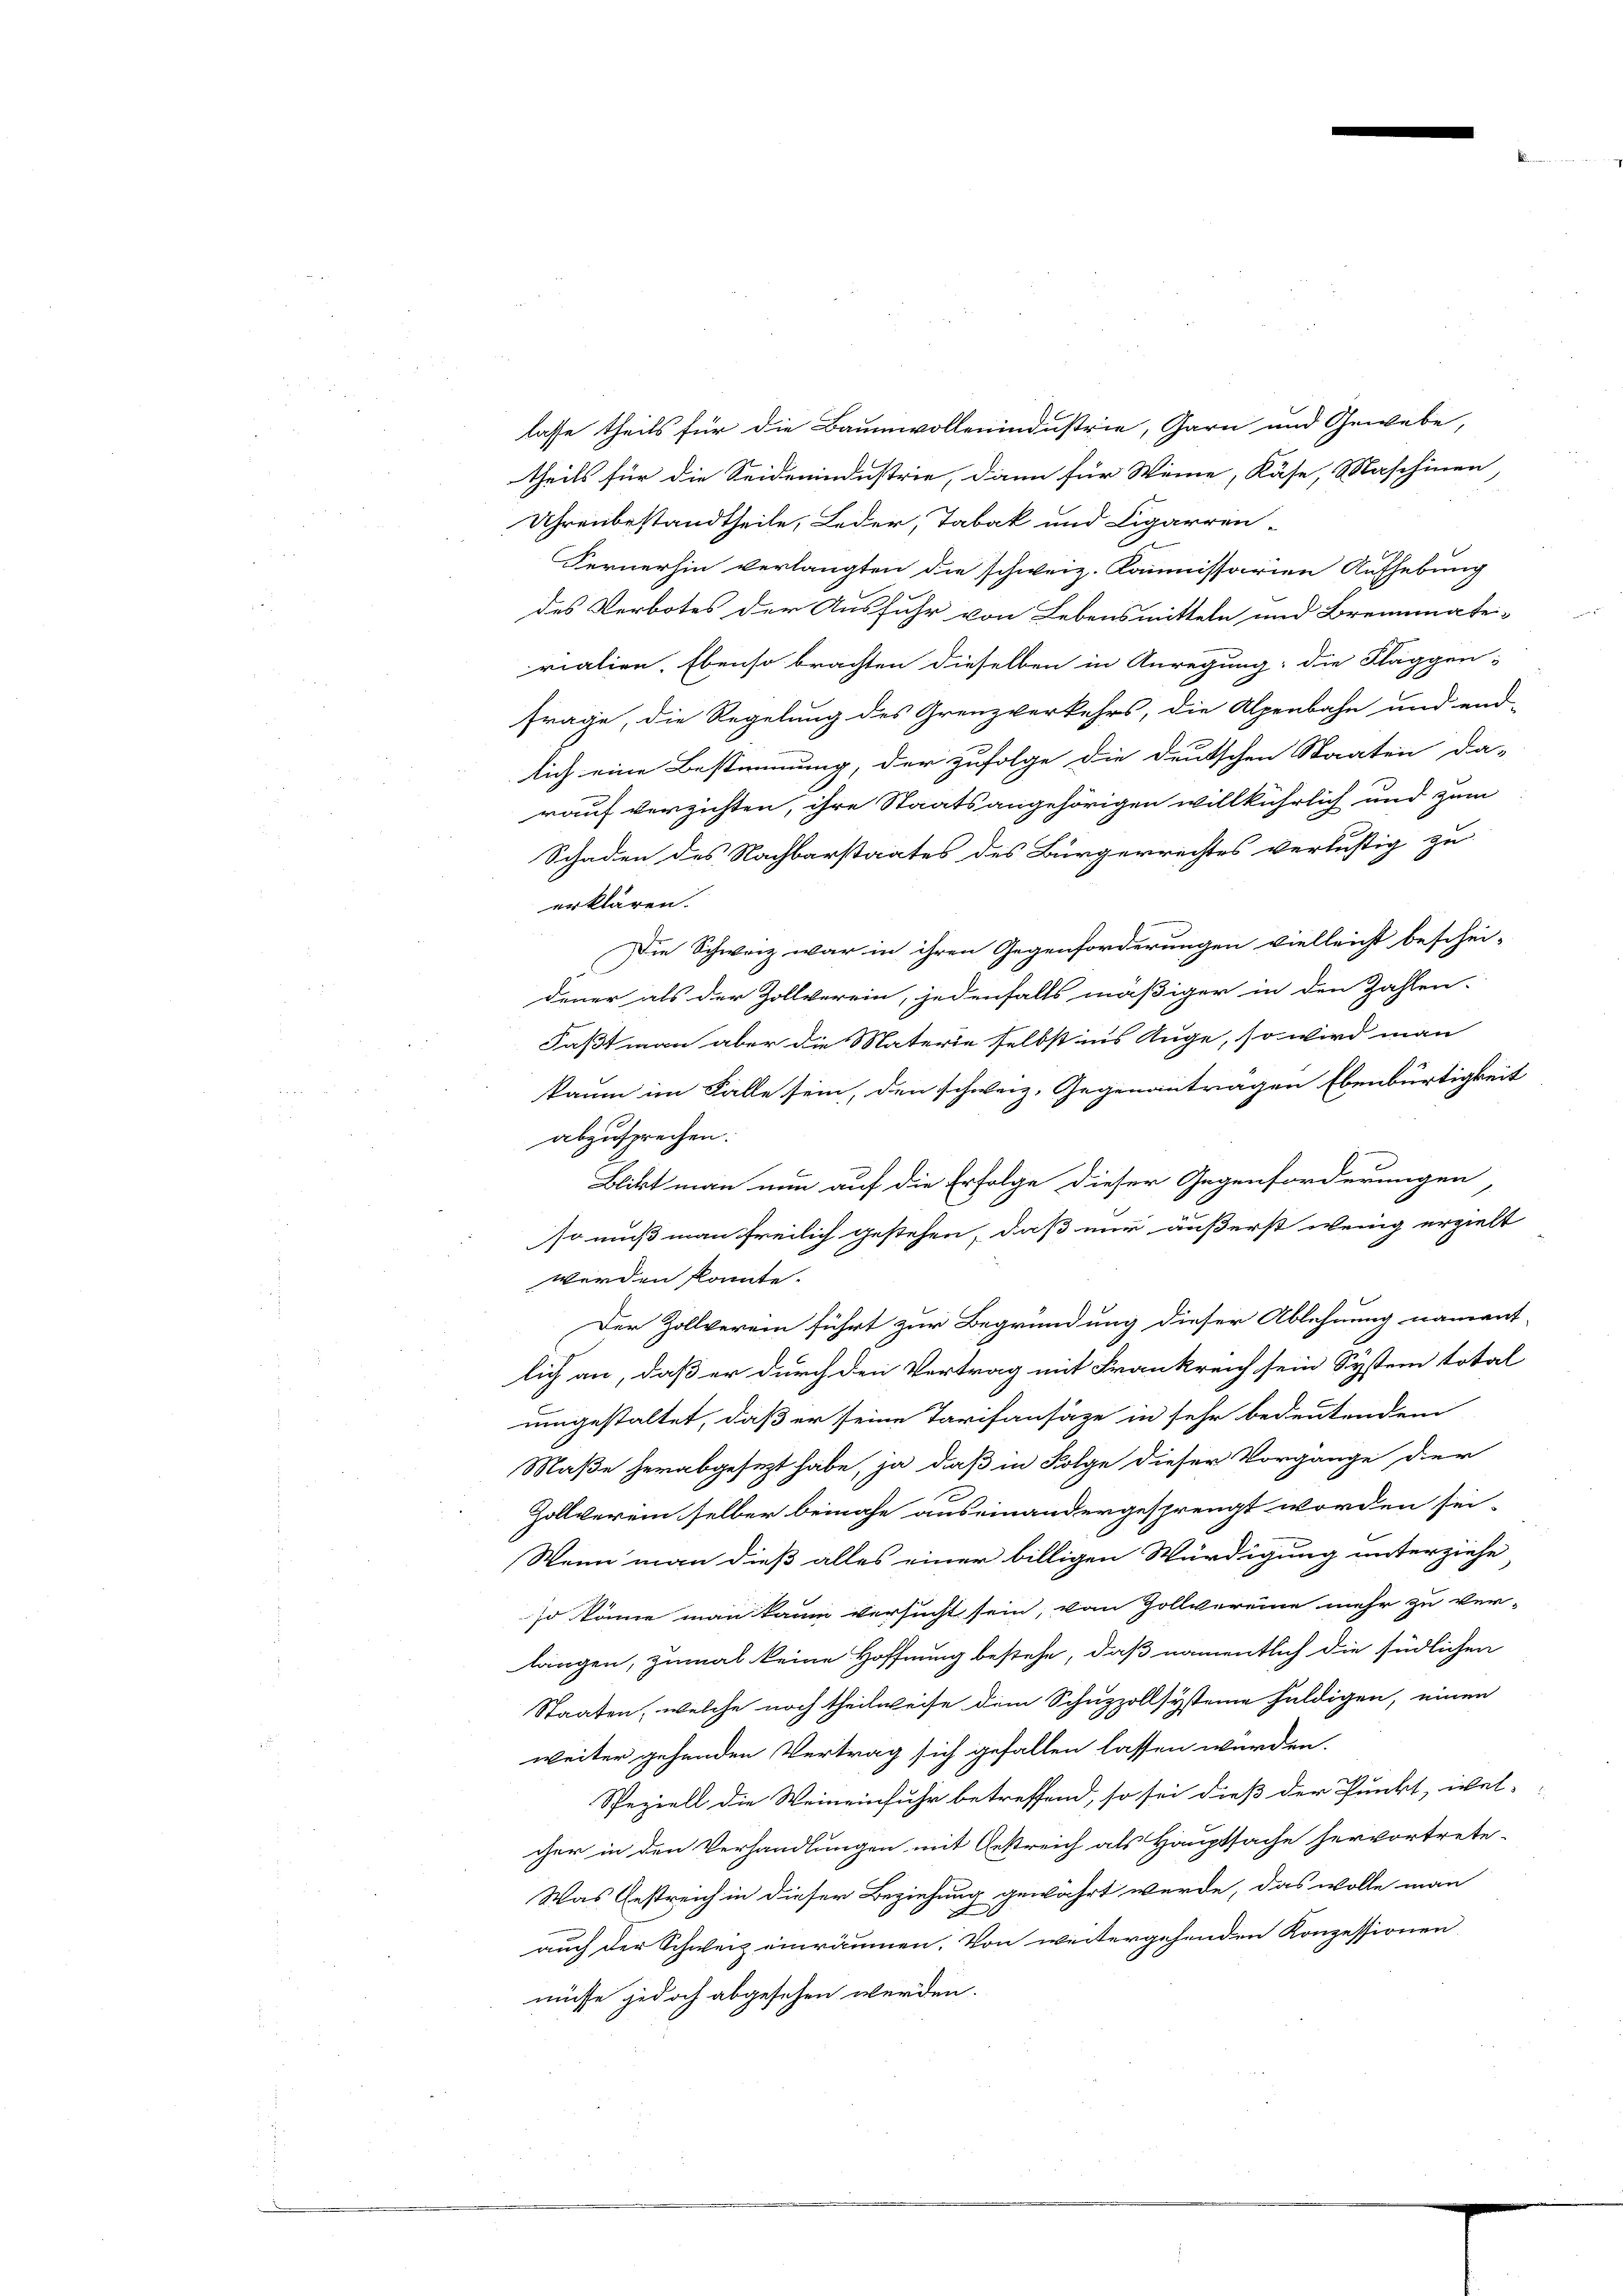
lasse theils für die Baumwollenindustrie, Garn und Gewebe,
theils für die Seidenindustrie, dann für Weine, Käse, Maschinen,
Uhrenbestandtheile, Leder, Tabak und Cigarren-
Fernerhin verlangten die schweiz. Kommissarien Aufhebung
des Verbotes der Ausfuhr von Lebensmitteln und Brennmate-
rialien. Ebenso brachten dieselben in Anregung: die Fläggen-
frage, die Regelung des Grenzverkehrs, die Alpenbahn und end-
lich eine Bestimmung, der zufolge die deutschen Staaten da-
rauf verzichten, ihre Staatsangehörigen willkührlich und zum
Schaden des Nachbarstaates des Bürgerrechtes verlustig zu
erklären.
Die Schweiz war in ihren Gegenforderungen vielleicht beschei-

dener als der Zollverein, jedenfalls mäßiger in den Zahlen-
Faßt man aber die Materie selbst ins Auge, so wird man
kaum im Falle sein, den schweiz. Gegenantragen Ebenbürtigkeit
abzusprechen.
Blikt man nun auf die Erfolge dieser Gegenforderungen,
so muß man freilich gestehen, daß nur äußerst wenig erzielt
werden könnte.
Der Zollverein führt zur Begründung dieser Ablehnung nament-
lich an, daß er durch den Vertrag mit Frankreich sein System total
umgestaltet, daß er seine Tarifansäze in sehr bedeutendem
Maße herabgesetzt habe, ja daß in Folge dieser Vorgange der
Zollverein selber beinahe auseinandergesprengt worden sei.
Wenn man dieß alles einer billigen Würdigung unterziehe
so könne man kaum versucht sein, von Zollvereine mehr zu ver-
längen, zumal keine Hoffnung bestehe, daß namentlich die südlichen
Staaten, welche noch theilweise dem Schuzzollsysteine huldigen, einen
weiter gehenden Vertrag sich gefallen lassen würden.
Speziell die Weineinfuhr betreffend, so sei dieß der Punkt, wel-
cher in den Verhandlungen mit Gekreich als Hauptsache hervortrete.
Was Gestreich in dieser Beziehung gewährt werde, das wolle man
c
auch der Schweiz einräumen. Von weitergehenden Konzessionen
müsse jedoch abgesehen werden.